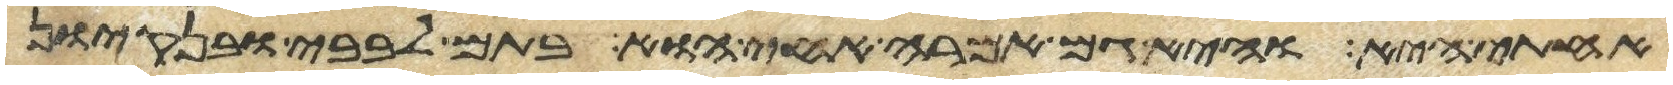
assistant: אחותי היא והיא גם אמרה אחי הוא בתם לבבי ובנקיון